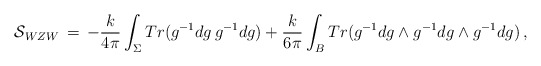
\begin{align*}{\cal S}_{WZW} \,=\, -\frac{k}{4 \pi} \int_{\Sigma} Tr(g^{-1}dg \, g^{-1}dg ) + \frac{k}{6 \pi} \int_{B} Tr(g^{-1}dg \wedge g^{-1}dg \wedge g^{-1}dg) \, , \end{align*}